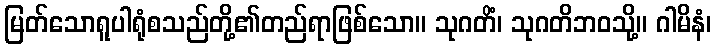
မြတ်သောရူပါရုံစသည်တို့၏တည်ရာဖြစ်သော။ သုဂတိံ၊ သုဂတိဘဝသို့။ ဂါမိနံ၊